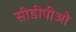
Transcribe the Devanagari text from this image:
सीडीपीओ